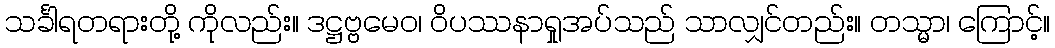
သင်္ခါရတရားတို့ ကိုလည်း။ ဒဋ္ဌဗ္ဗမေဝ၊ ဝိပဿနာရှုအပ်သည် သာလျှင်တည်း။ တသ္မာ၊ ကြောင့်။